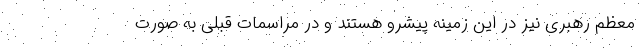
معظم رهبری نیز در این زمینه پیشرو هستند و در مراسمات قبلی به صورت